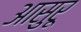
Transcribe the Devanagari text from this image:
आसुरू